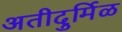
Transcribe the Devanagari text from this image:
अतीदुर्मिळ